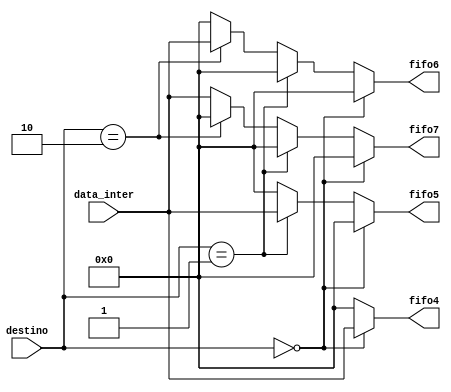
module Xmux( output reg [9:0] fifo4, fifo5, fifo6, fifo7,
	    input wire [9:0] data_inter,
	    input wire [1:0] destino );

   always @( * ) begin
      fifo4 = 0;
      fifo5 = 0;
      fifo6 = 0;
      fifo7 = 0;
      if( destino == 2'b00 ) begin
	 fifo4 = data_inter;
      end
      else if( destino == 2'b01 ) begin
	 fifo5 = data_inter;
      end
      else if( destino == 2'b10 ) begin
	 fifo6 = data_inter;
      end
      else begin
	 fifo7 = data_inter;
      end
   end // always @ ( * )

endmodule // mux